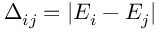
\Delta _ { i j } = | E _ { i } - E _ { j } |